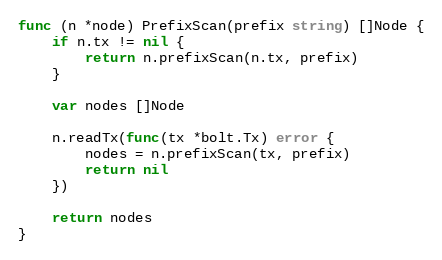
Language: Go
func (n *node) PrefixScan(prefix string) []Node {
	if n.tx != nil {
		return n.prefixScan(n.tx, prefix)
	}

	var nodes []Node

	n.readTx(func(tx *bolt.Tx) error {
		nodes = n.prefixScan(tx, prefix)
		return nil
	})

	return nodes
}